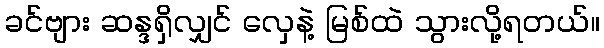
ခင်ဗျား ဆန္ဒရှိလျှင် လှေနဲ့ မြစ်ထဲ သွားလို့ရတယ်။